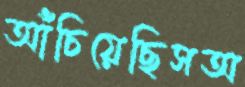
আঁচিয়েছিসঅ